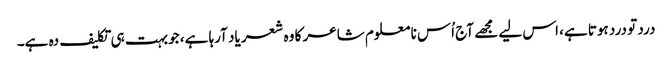
درد تو درد ہوتا ہے، اس لیے مجھے آج اُس نا معلوم شاعر کا وہ شعر یاد آرہا ہے، جو بہت ہی تکلیف دہ ہے۔